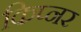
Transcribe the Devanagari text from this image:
किप्नर